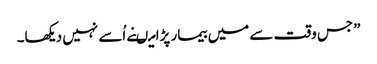
”جس وقت سے میں بیمار پڑا میںنے اُسے نہیں دیکھا۔